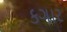
કગાર